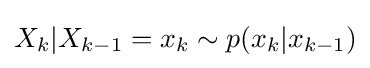
X_{k}|X_{k-1}=x_{k}\sim p(x_{k}|x_{k-1})